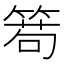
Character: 𥰄